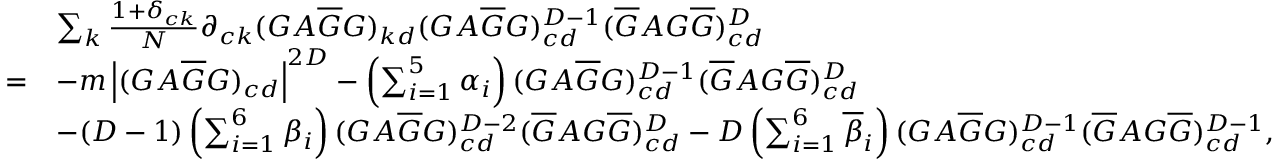
\begin{array} { r l } & { \sum _ { k } \frac { 1 + \delta _ { c k } } { N } \partial _ { c k } ( G A \overline { G } G ) _ { k d } ( G A \overline { { G } } G ) _ { c d } ^ { D - 1 } ( \overline { { G } } A G \overline { { G } } ) _ { c d } ^ { D } } \\ { = } & { - m \left| ( G A \overline { { G } } G ) _ { c d } \right| ^ { 2 D } - \left( \sum _ { i = 1 } ^ { 5 } \alpha _ { i } \right) ( G A \overline { { G } } G ) _ { c d } ^ { D - 1 } ( \overline { { G } } A G \overline { { G } } ) _ { c d } ^ { D } } \\ & { - ( D - 1 ) \left( \sum _ { i = 1 } ^ { 6 } \beta _ { i } \right) ( G A \overline { { G } } G ) _ { c d } ^ { D - 2 } ( \overline { { G } } A G \overline { { G } } ) _ { c d } ^ { D } - D \left( \sum _ { i = 1 } ^ { 6 } \overline { { \beta } } _ { i } \right) ( G A \overline { { G } } G ) _ { c d } ^ { D - 1 } ( \overline { { G } } A G \overline { { G } } ) _ { c d } ^ { D - 1 } , } \end{array}